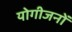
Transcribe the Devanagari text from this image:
योगीजनों